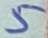
Text: 5